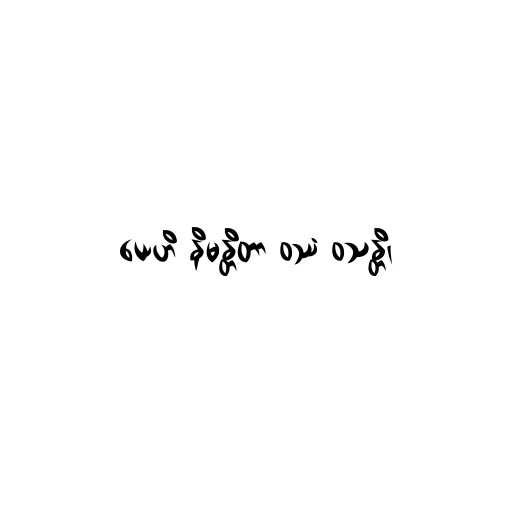
ယေဟိ နိမန္တိတာ ဝဿံ ဝသန္တိ၊